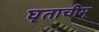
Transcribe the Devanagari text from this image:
घृताचीम्